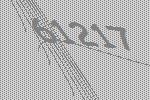
61217